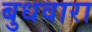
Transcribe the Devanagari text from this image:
बुधवारा